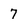
Character: 7